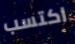
اكتسب